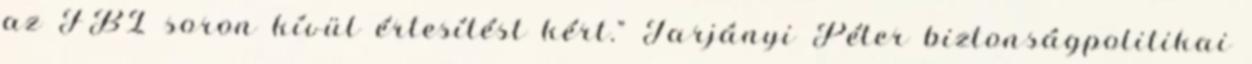
az FBI soron kívül értesítést kért.” Tarjányi Péter biztonságpolitikai